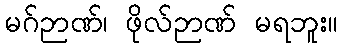
မဂ်ဉာဏ်၊ ဖိုလ်ဉာဏ် မရဘူး။